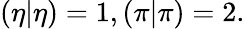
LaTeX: (\eta|\eta)=1,(\pi|\pi)=2.